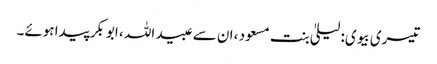
تیسری بیوی: لیلیٰ بنت مسعود ، ان سے عبید اللہ ، ابوبکر پیدا ہوئے۔